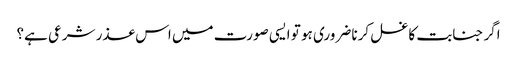
اگر جنابت کا غسل کرنا ضروری ہو تو ایسی صورت میں اس عذر شرعی ہے؟